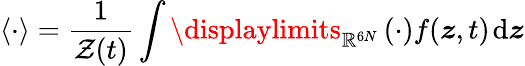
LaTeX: \left\langle{\cdot}\right\rangle=\frac{1}{\mathcal{Z}(t)}\int\displaylimits_{\mathbb{R}^{6N}}\left(\cdot\right)f(\boldsymbol{z},t)\; \! \mathrm{d}\boldsymbol{z}